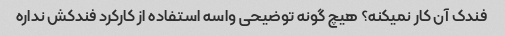
فندک آن کار نمیکنه؟ هیچ گونه توضیحی واسه استفاده از کارکرد فندکش نداره